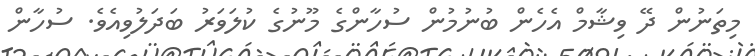
މިތަނުން ދޭ ވިޝާމް އެހެން ބުނުމުން ސުހާންގެ މޫނުގެ ކުލަވަރު ބަދަލުވިއެވެ. ސުހާން